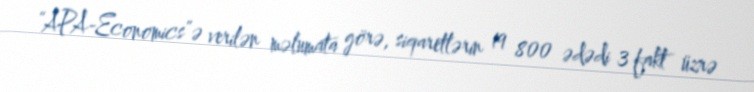
“APA-Economics”ə verilən məlumata görə, siqaretlərin 19 800 ədədi 3 fakt üzrə